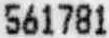
561781